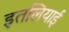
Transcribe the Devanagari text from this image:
इतलियाई